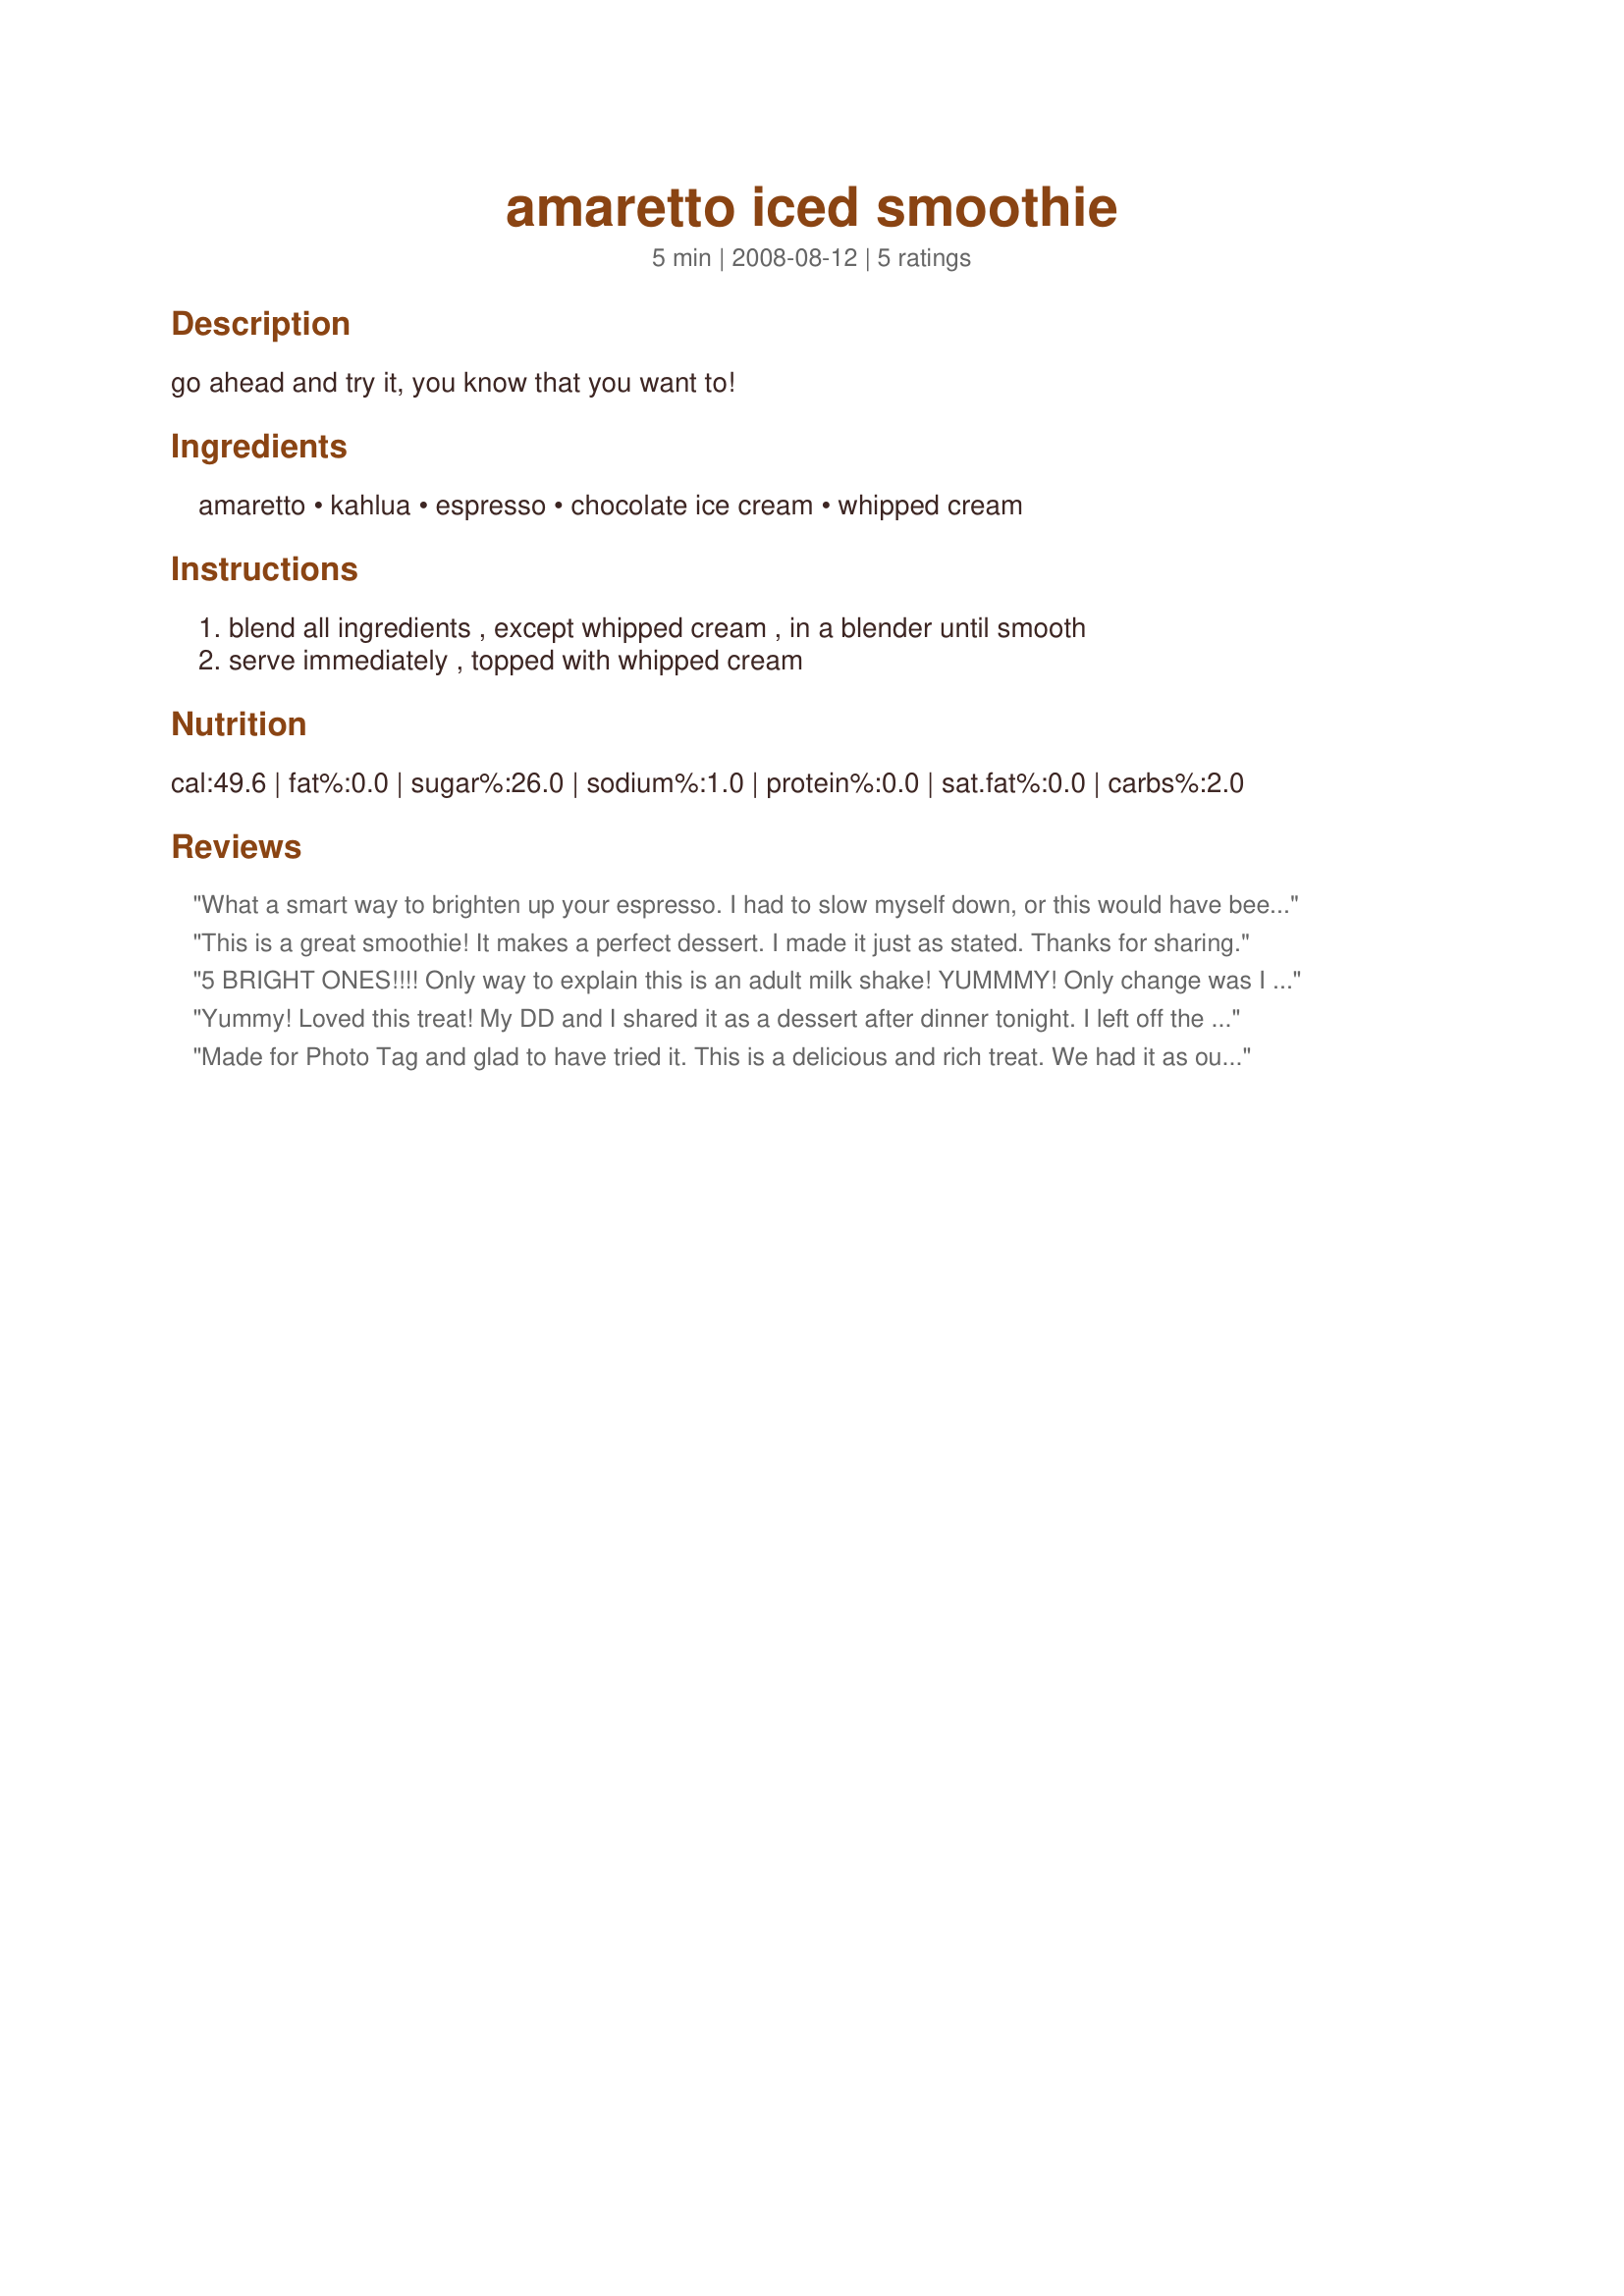
amaretto iced smoothie
Preparation time: 5 minutes

go ahead and try it, you know that you want to!

Ingredients:
amaretto, kahlua, espresso, chocolate ice cream, whipped cream

Steps:
blend all ingredients , except whipped cream , in a blender until smooth, serve immediately , topped with whipped cream

Reviews:
What a smart way to brighten up your espresso. I had to slow myself down, or this would have been gone in a blink of an eye! This might not have been the wisest thing to drink at 8pm at night. But the favor combination in this, was well worth risking insomnia tonight!! I used 3/4 shot of each liquor. The next time I will make it a full ounce of each. To avoid insomnia, pour into 4 - 2 ounce espresso cups to share with dinner guest. Made for Please Review My Recipe
This is a great smoothie! It makes a perfect dessert. I made it just as stated. Thanks for sharing.
5 BRIGHT ONES!!!! Only way to explain this is an adult milk shake!
YUMMMY! Only change was I left off the whipped cream! Thanks Annacia
Yummy! Loved this treat! My DD and I shared it as a dessert after dinner tonight. I left off the whip cream only because someone had used it up without my knowledge. Made for the 2010 Winter Comfort Cafe.
Made for Photo Tag and glad to have tried it. This is a delicious and rich treat. We had it as our dessert and it was wonderful. I added a little milk to our smoothies to increase the volume slightly and take the edge off the alcohol. Thanks Annacia!
